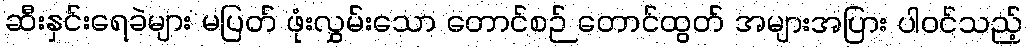
ဆီးနှင်းရေခဲများ မပြတ် ဖုံးလွှမ်းသော တောင်စဉ် တောင်ထွတ် အများအပြား ပါဝင်သည့်